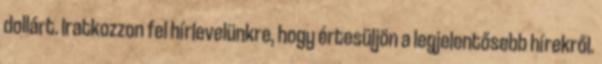
dollárt. Iratkozzon fel hírlevelünkre, hogy értesüljön a legjelentősebb hírekről.